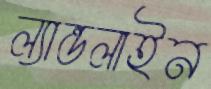
ল্যান্ডলাইন